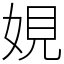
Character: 娊